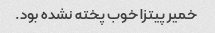
خمیر پیتزا خوب پخته نشده بود.